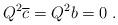
LaTeX: \begin{align*}Q^2\overline{c}=Q^2b=0\;. \end{align*}